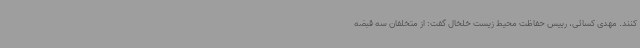
کنند. مهدی کسائی، رییس حفاظت محیط زیست خلخال گفت: از متخلفان سه قبضه